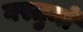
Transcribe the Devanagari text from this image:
वस्तुमों